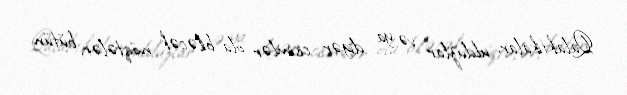
Qalaktikalar, ulduzlar və ya digər cisimlər ola biləcək nöqtələr, bütün